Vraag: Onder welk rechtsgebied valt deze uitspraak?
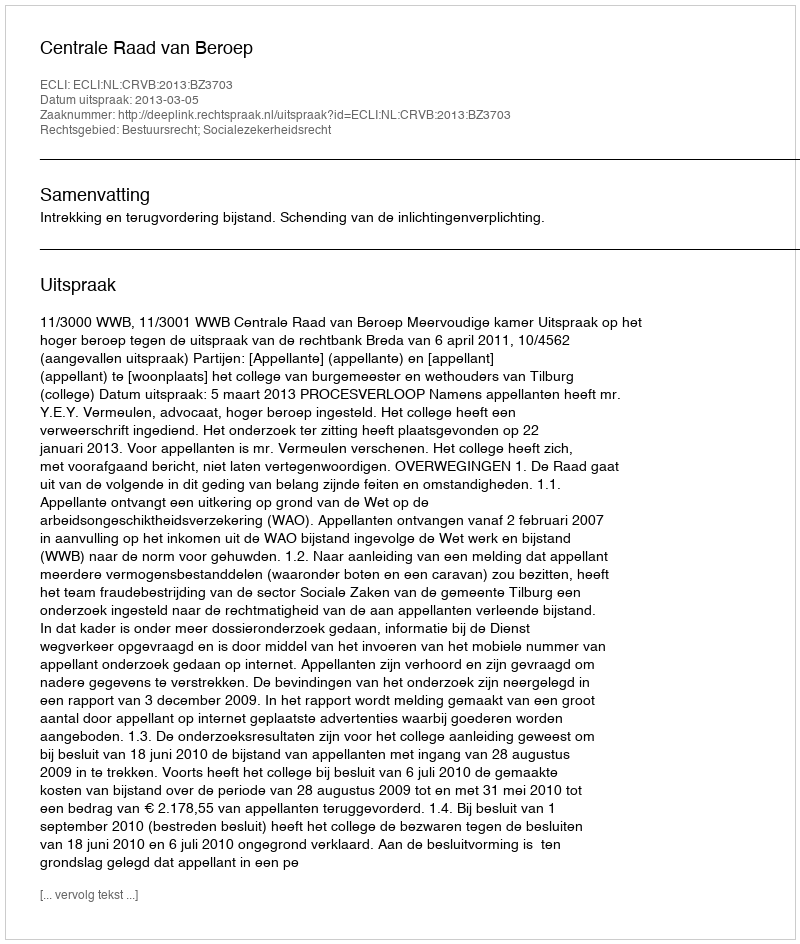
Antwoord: Bestuursrecht; Socialezekerheidsrecht